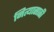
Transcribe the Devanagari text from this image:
नित्यासाठी